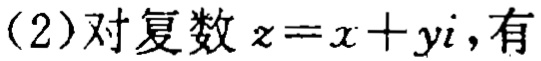
(2)对复数\(z = x + yi\)，有